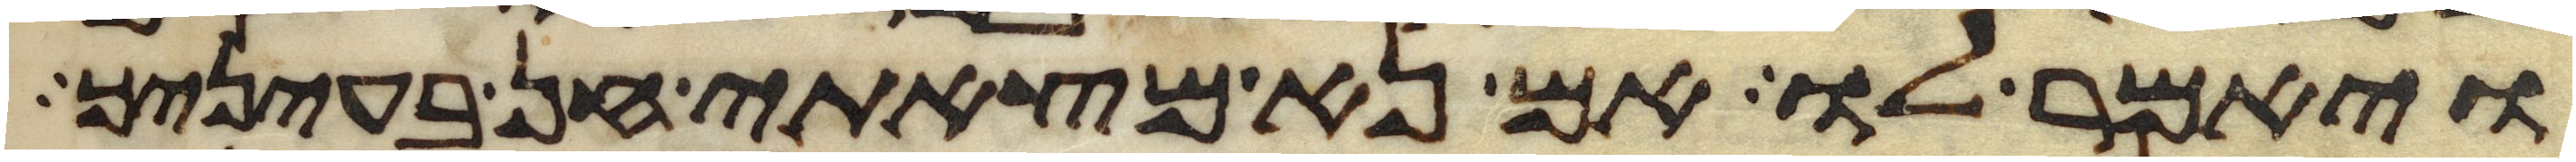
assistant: ויאמר לו אם נא מצאתי חן בעיניך